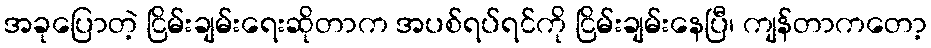
အခုပြောတဲ့ ငြိမ်းချမ်းရေးဆိုတာက အပစ်ရပ်ရင်ကို ငြိမ်းချမ်းနေပြီ၊ ကျန်တာကတော့